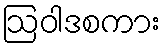
ဩဝါဒစကား